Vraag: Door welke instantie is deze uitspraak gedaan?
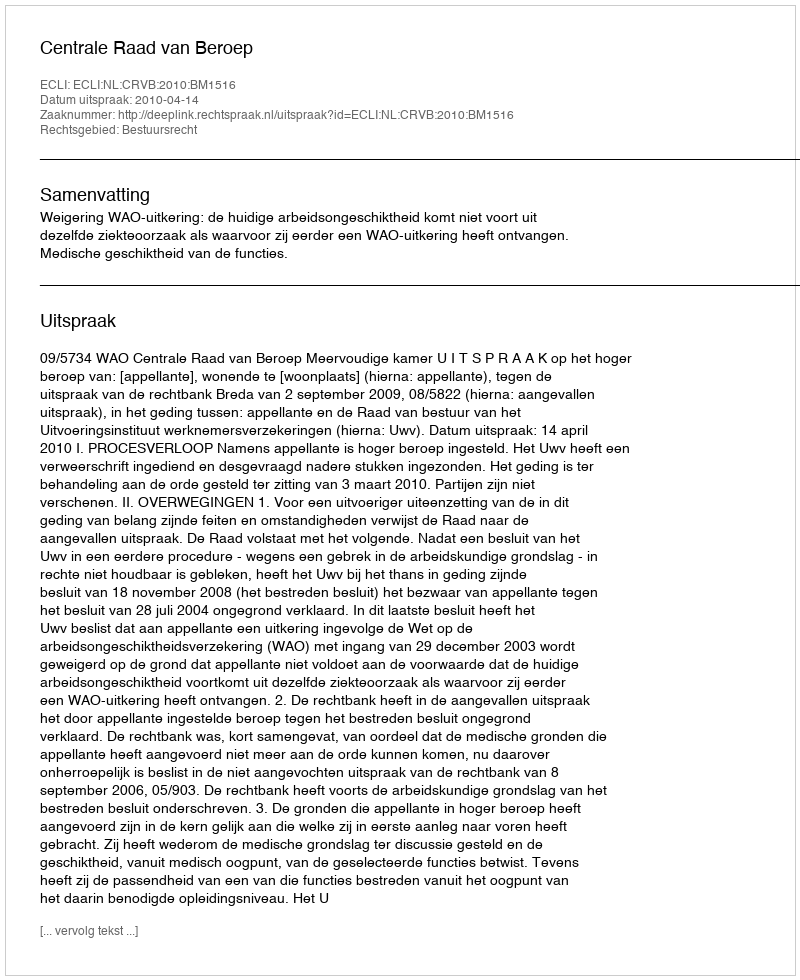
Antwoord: Centrale Raad van Beroep